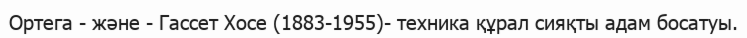
Ортега - және - Гассет Хосе (1883-1955)- техника құрал сияқты адам босатуы.